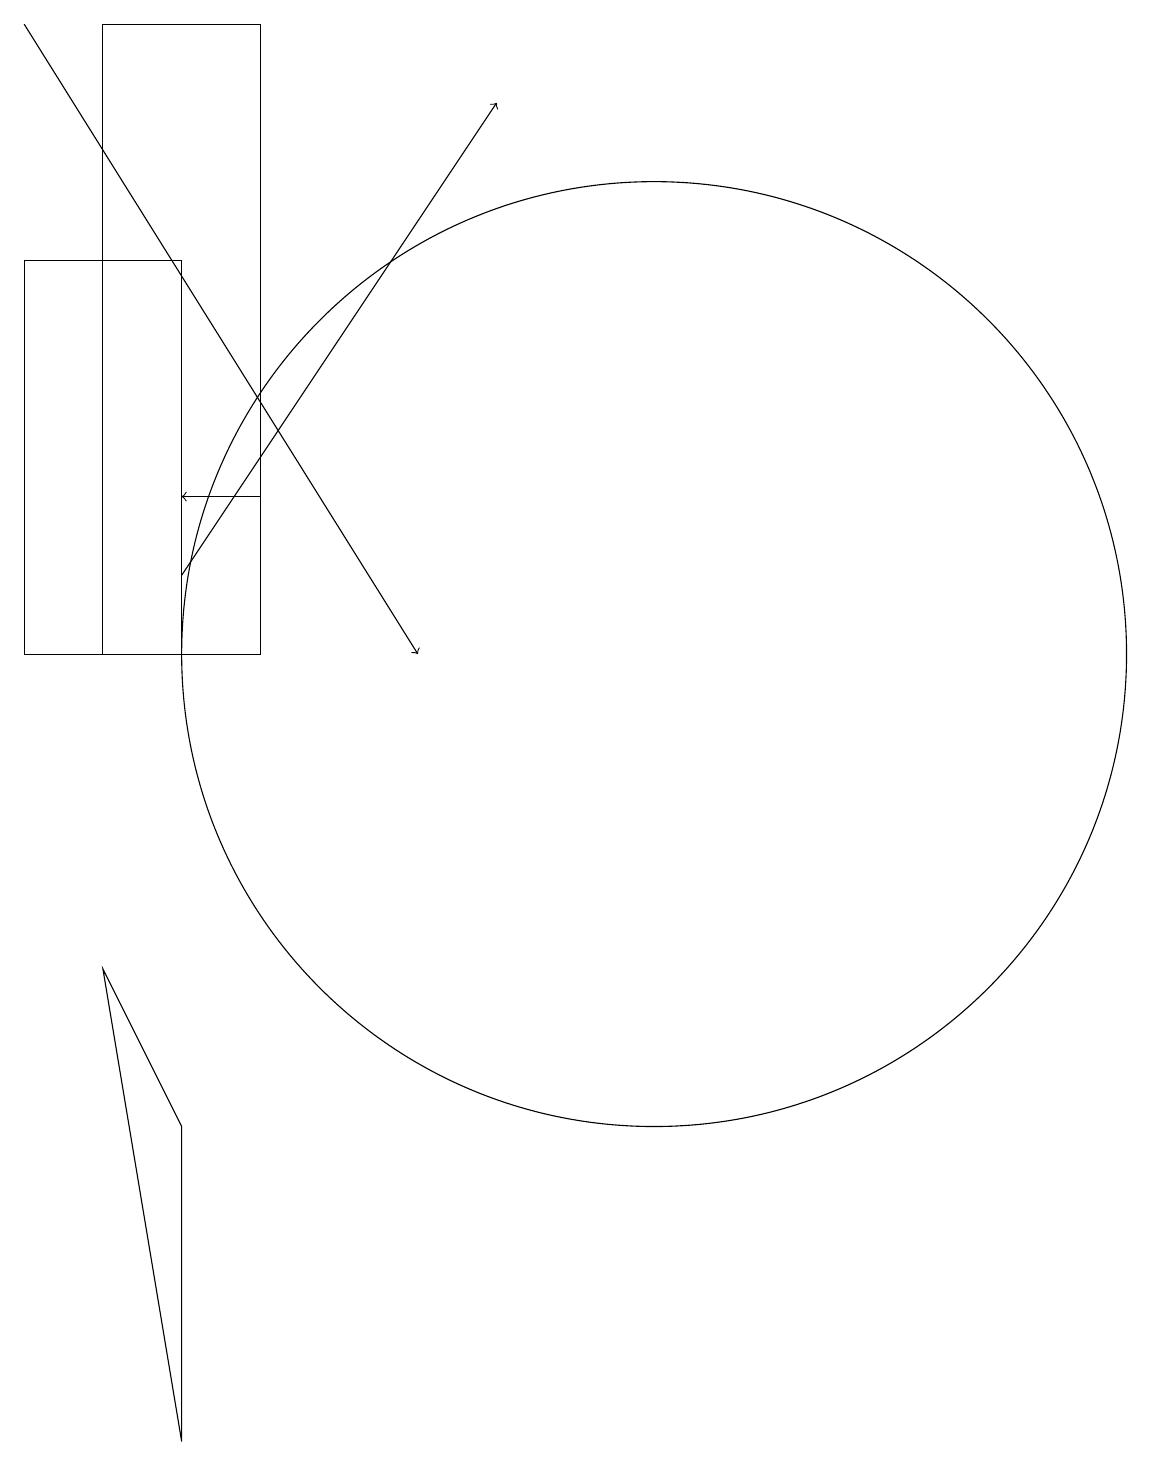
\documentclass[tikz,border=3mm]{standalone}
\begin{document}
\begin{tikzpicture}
\draw[->] (5,13) -- (4,13);
\draw (10,11) circle (6);
\draw[->] (4,12) -- (8,18);
\draw (4,16) rectangle (2,11);
\draw (3,7) -- (4,1) -- (4,5) -- cycle;
\draw (5,11) rectangle (3,19);
\draw[->] (2,19) -- (7,11);
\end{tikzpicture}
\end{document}